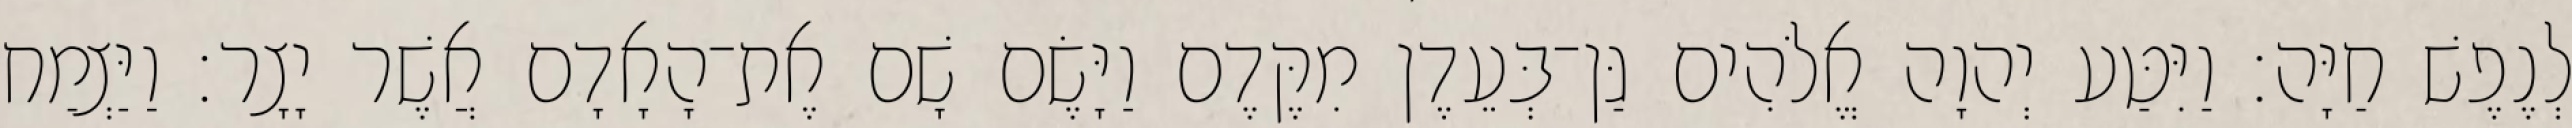
לְנֶפֶשׁ חַיָּה׃ וַיִּטַּע יְהוָה אֱלֹהִים גַּן־בְּעֵדֶן מִקֶּדֶם וַיָּשֶׂם שָׁם אֶת־הָאָדָם אֲשֶׁר יָצָר׃ וַיַּצְמַח